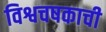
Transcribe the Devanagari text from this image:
विश्वचषकाची